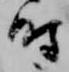
時